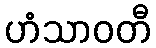
ဟံသာဝတီ